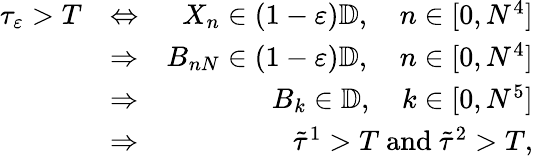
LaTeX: \begin{array}{rlr}{\tau_{\varepsilon}>T}&{\Leftrightarrow}&{X_{n}\in(1-\varepsilon)\mathbb{D},\quad n\in[0,N^{4}]}\\ &{\Rightarrow}&{B_{nN}\in(1-\varepsilon)\mathbb{D},\quad n\in[0,N^{4}]}\\ &{\Rightarrow}&{B_{k}\in\mathbb{D},\quad k\in[0,N^{5}]}\\ &{\Rightarrow}&{\tilde{\tau}^{1}>T\mathrm{~and~}\tilde{\tau}^{2}>T,}\end{array}